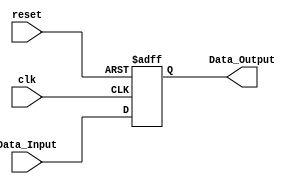
/**************************************************************************************
*	Description
*		This is a register
*		1.0
*	Author:
*		Ing. Flix Godoy Martnez
*	Date:
*		10/07/20
***************************************************************************************/

 module Register
#(
	parameter WORD_LENGTH = 8
)

(
	// Input Ports
	input clk,
	input reset,
	input [WORD_LENGTH-1 : 0] Data_Input,

	// Output Ports
	output [WORD_LENGTH-1 : 0] Data_Output
);

reg  [WORD_LENGTH-1 : 0] Data_reg;

always@(posedge clk or negedge reset) begin
	if(reset == 1'b0) 
		Data_reg <= 0;
	else 
		Data_reg <= Data_Input;
end

assign Data_Output = Data_reg;

endmodule